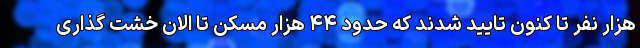
هزار نفر تا کنون تایید شدند که حدود ۴۴ هزار مسکن تا الان خشت گذاری